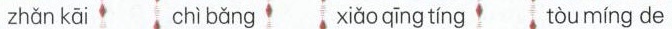
zhǎn kāi chì bǎng xiǎo qīng tíng tòu míng de